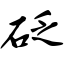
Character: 砭